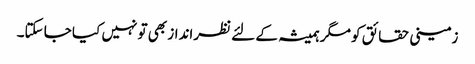
زمینی حقائق کو مگر ہمیشہ کے لئے نظرانداز بھی تو نہیں کیا جا سکتا۔